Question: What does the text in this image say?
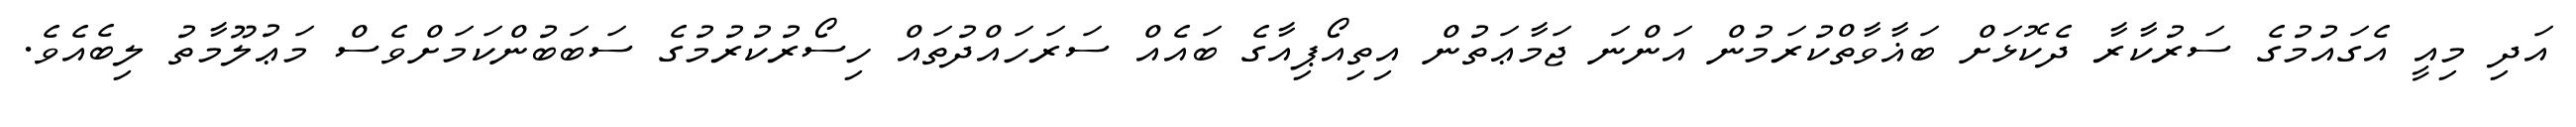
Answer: އަދި މިއީ އެގައުމުގެ ސަރުކާރާ ދެކޮޅަށް ބަޣާވާތްކުރަމުން އަންނަ ޖަމާޢަތުން އިތިއޯޕިއާގެ ބައެއް ސަރަހައްދުތައް ހިސޯރުކުރުމުގެ ސަބަބުންކަމަށްވެސް މަޢުލޫމާތު ލިބެއެވެ.